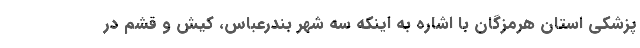
پزشکی استان هرمزگان با اشاره به اینکه سه شهر بندرعباس، کیش و قشم در